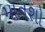
માનશો